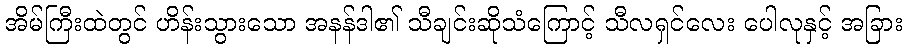
အိမ်ကြီးထဲတွင် ဟိန်းသွားသော အနန်ဒါ၏ သီချင်းဆိုသံကြောင့် သီလရှင်လေး ပေါလုနှင့် အခြား